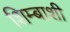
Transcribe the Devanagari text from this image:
शिम्बाशी